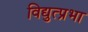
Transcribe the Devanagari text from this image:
विद्युत्प्रभा